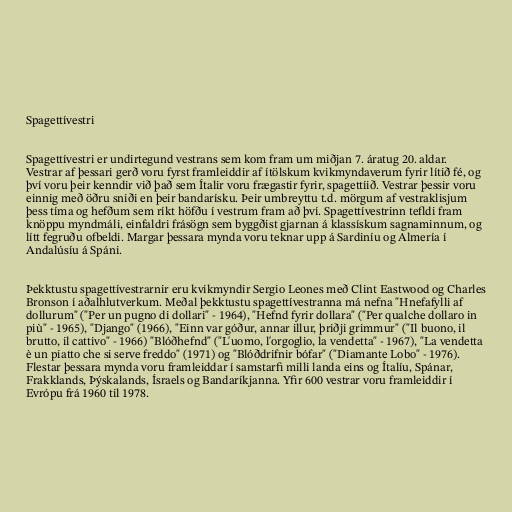
Spagettívestri

Spagettívestri er undirtegund vestrans sem kom fram um miðjan 7. áratug 20. aldar.
Vestrar af þessari gerð voru fyrst framleiddir af ítölskum kvikmyndaverum fyrir lítið fé, og
því voru þeir kenndir við það sem Ítalir voru frægastir fyrir, spagettíið. Vestrar þessir voru
einnig með öðru sniði en þeir bandarísku. Þeir umbreyttu t.d. mörgum af vestraklisjum
þess tíma og hefðum sem ríkt höfðu í vestrum fram að því. Spagettívestrinn tefldi fram
knöppu myndmáli, einfaldri frásögn sem byggðist gjarnan á klassískum sagnaminnum, og
lítt fegruðu ofbeldi. Margar þessara mynda voru teknar upp á Sardiníu og Almería í
Andalúsíu á Spáni.

Þekktustu spagettívestrarnir eru kvikmyndir Sergio Leones með Clint Eastwood og Charles
Bronson í aðalhlutverkum. Meðal þekktustu spagettívestranna má nefna "Hnefafylli af
dollurum" ("Per un pugno di dollari" - 1964), "Hefnd fyrir dollara" ("Per qualche dollaro in
più" - 1965), "Django" (1966), "Einn var góður, annar illur, þriðji grimmur" ("Il buono, il
brutto, il cattivo" - 1966) "Blóðhefnd" ("L'uomo, l'orgoglio, la vendetta" - 1967), "La vendetta
è un piatto che si serve freddo" (1971) og "Blóðdrifnir bófar" ("Diamante Lobo" - 1976).
Flestar þessara mynda voru framleiddar í samstarfi milli landa eins og Ítalíu, Spánar,
Frakklands, Þýskalands, Ísraels og Bandaríkjanna. Yfir 600 vestrar voru framleiddir í
Evrópu frá 1960 til 1978.